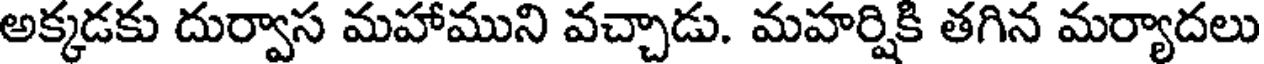
అక్కడకు దుర్వాస మహాముని వచ్చాడు. మహర్షికి తగిన మర్యాదలు